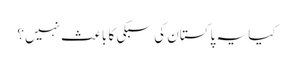
کیا یہ پاکستان کی سبکی کا باعث نہیں؟